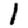
Digit: 1